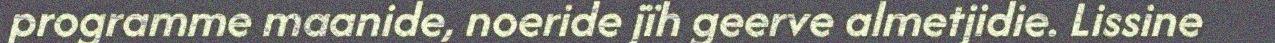
programme maanide, noeride jïh geerve almetjidie. Lissine